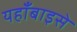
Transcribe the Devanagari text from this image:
यहाँबाइसे